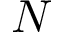
N